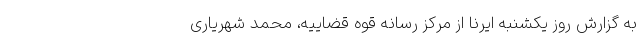
به گزارش روز یکشنبه ایرنا از مرکز رسانه قوه قضاییه، محمد شهریاری